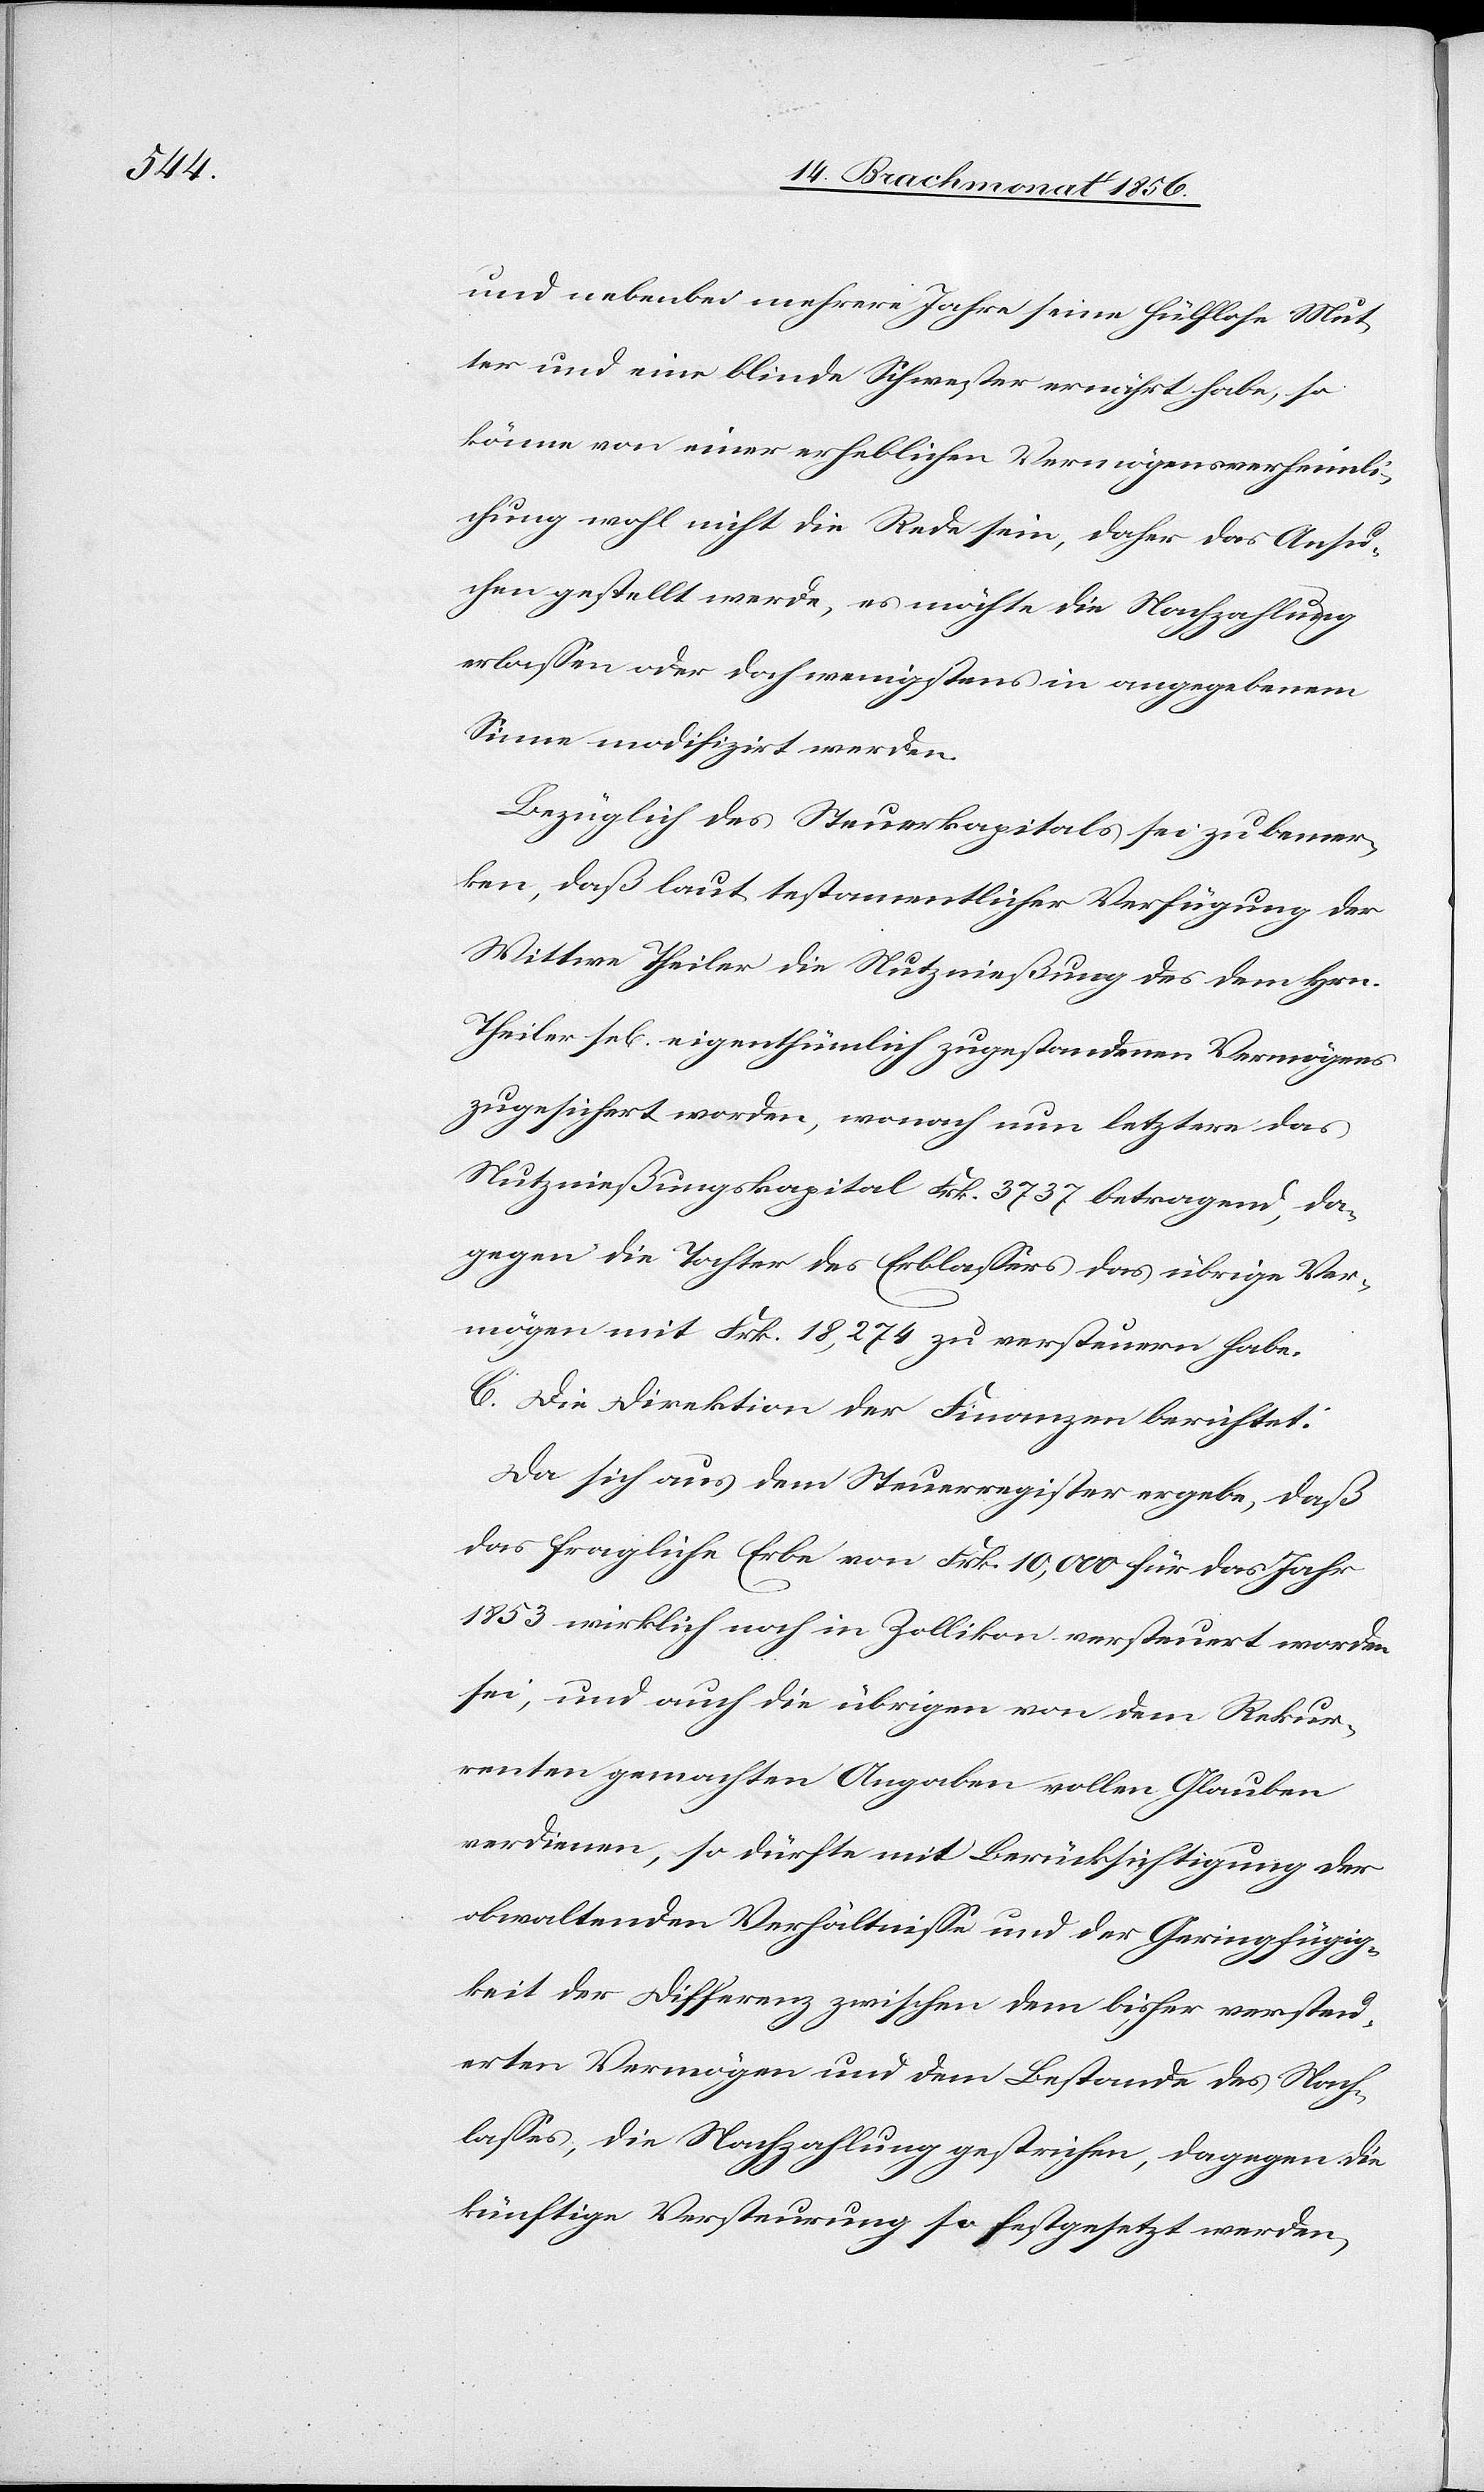
und nebenbei mehrere Jahre seine hülflose Mut¬
ter und eine blinde Schwester ernährt habe, so
könne von einer erheblichen Vermögensverheimli¬
chung wohl nicht die Rede sein, daher das Ansu¬
chen gestellt werde, es möchte die Nachzahlung
erlassen oder doch wenigstens in angegebenem
Sinne modifizirt werden.
Bezüglich des Steuerkapitals sei zu bemer¬
kten, daß laut testamentlicher Verfügung der
Wittwe Theiler die Nutznießung des dem Hrn.
Theiler sel[ig] eigenthümlich zugestandenen Vermögens
zugesichert worden, wonach nun letztere das
Nutznießungskapital Frk. 3737 betragend, da¬
gegen die Tochter des Erblassers das übrige Ver¬
mögen mit Frk. 18,274 zu versteuern habe.
C. Die Direktion der Finanzen berichtet:
Da sich aus dem Steuerregister ergebe, daß
das fragliche Erbe von Frk. 10,000 für das Jahr
1853 wirklich noch in Zollikon versteuert worden
sei, und auch die übrigen von dem Rekur¬
renten gemachten Angaben vollen Glauben
verdienen, so dürfte mit Berücksichtigung der
obwaltenden Verhältnisse und der Geringfügig¬
keit der Differenz zwischen dem bisher versteu¬
erten Vermögen und dem Bestande des Nach¬
lasses, die Nachzahlung gestrichen, dagegen die
künftige Versteurung so festgesetzt werden,